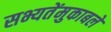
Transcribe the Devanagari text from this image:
सभ्यतेंमुकाबले